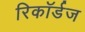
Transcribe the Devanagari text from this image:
रिकॉर्डज